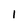
Character: 1